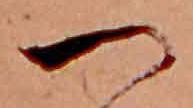
つ